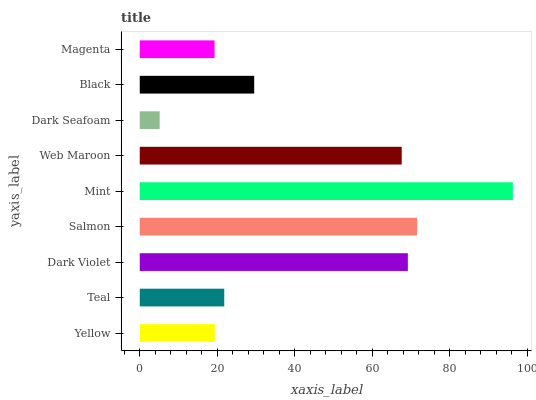
| yaxis_label | bars |
 | --- | --- |
 | Yellow | 19.4 |
 | Teal | 21.8 |
 | Dark Violet | 69.1 |
 | Salmon | 71.6 |
 | Mint | 96.2 |
 | Web Maroon | 67.6 |
 | Dark Seafoam | 5.14 |
 | Black | 29.5 |
 | Magenta | 19.3 |